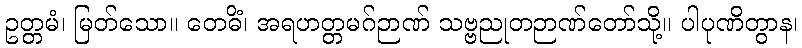
ဥတ္တမံ၊ မြတ်သော။ တေဓိံ၊ အရဟတ္တမဂ်ဉာဏ် သဗ္ဗညုတဉာဏ်တော်သို့။ ပါပုဏိတွာန၊